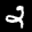
Label: 2